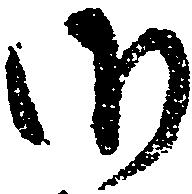
御